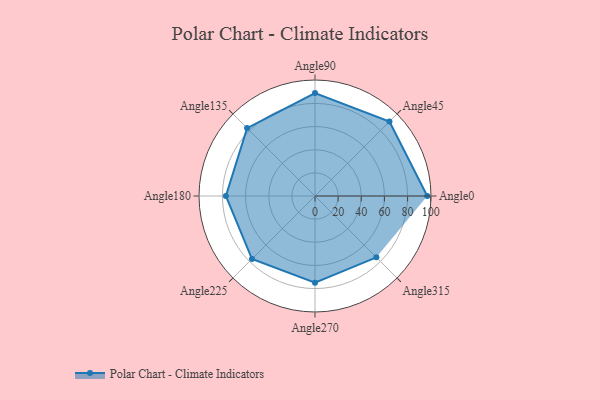
{"axis": {"x": "Angle", "y": "Radius"}, "legend": [""], "data": [{"x": "Angle0", "y": 97.0, "type": ""}, {"x": "Angle45", "y": 91.0, "type": ""}, {"x": "Angle90", "y": 89.0, "type": ""}, {"x": "Angle135", "y": 83.0, "type": ""}, {"x": "Angle180", "y": 77.0, "type": ""}, {"x": "Angle225", "y": 77.0, "type": ""}, {"x": "Angle270", "y": 75.0, "type": ""}, {"x": "Angle315", "y": 75.0, "type": ""}]}